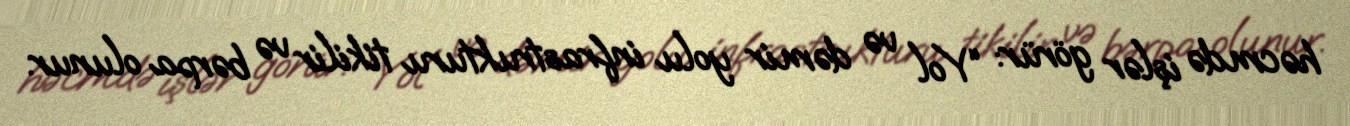
həcmdə işlər görür: “Yol və dəmir yolu infrastrukturu tikilir və bərpa olunur.